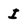
Character: I